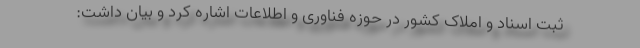
ثبت اسناد و املاک کشور در حوزه فناوری و اطلاعات اشاره کرد و بیان داشت: